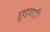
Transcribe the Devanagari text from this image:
छुड़वाएँ।